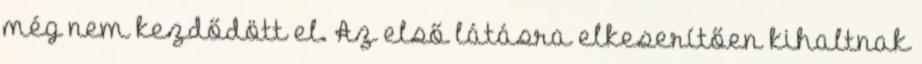
még nem kezdődött el. Az első látásra elkeserítően kihaltnak